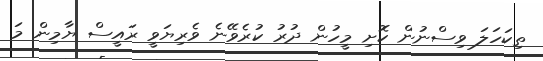
ތިކަހަލަ ވިސްނުން ކޮށި މީހުން ދުރު ކުރެވޭނެ ވެރިޔަވީ ރައީސް ޔާމިން މަ